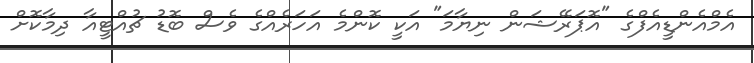
އެމްއެންޑީއެފްގެ "އޮޕަރޭޝަން ނިޔާމަ" އަކީ ކޮންމެ އަހަރެއްގެ ވެސް ބޮޑު ޗުއްޓީއާ ދިމާކޮށް